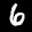
Label: 6